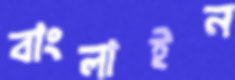
বাংলাইন